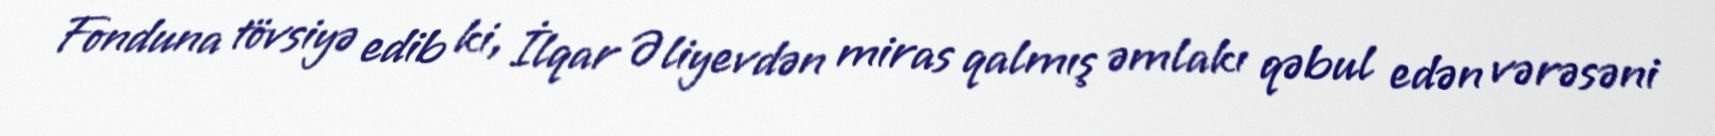
Fonduna tövsiyə edib ki, İlqar Əliyevdən miras qalmış əmlakı qəbul edən vərəsəni